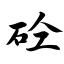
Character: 砼